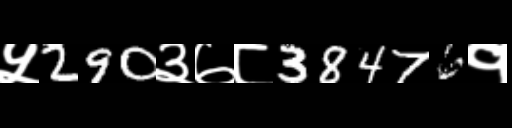
Text: ५290३७८38476१